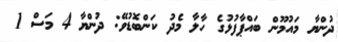
ދުންޔާ މައުމޫން ބައްޕާފުޅުގެ ހާލާ މެދު ކަންބޮޑުވޭ: ދުންޔާ 4 މަސް 1